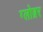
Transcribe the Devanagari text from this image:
ग्लोब्रर